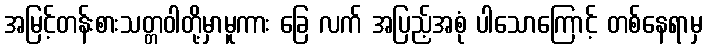
အမြင့်တန်းစားသတ္တဝါတို့မှာမူကား ခြေ လက် အပြည့်အစုံ ပါသောကြောင့် တစ်နေရာမှ